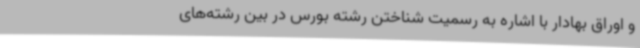
و اوراق بهادار با اشاره به رسمیت شناختن رشته بورس در بین رشته‌های